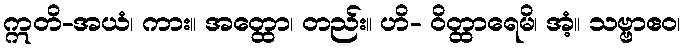
ဣတိ-အယံ၊ ကား။ အတ္ထော၊ တည်း။ ဟိ- ဝိတ္ထာရေမိ၊ အံ့။ သဗ္ဗာဧဝ၊